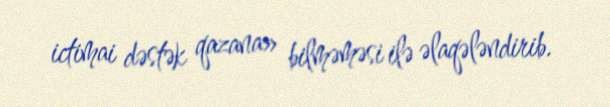
ictimai dəstək qazana» bilməməsi ilə əlaqələndirib.